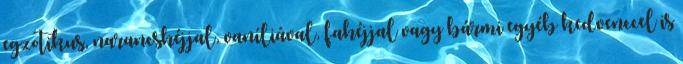
egzotikus, narancshéjjal, vaníliával, fahéjjal vagy bármi egyéb kedvenccel is